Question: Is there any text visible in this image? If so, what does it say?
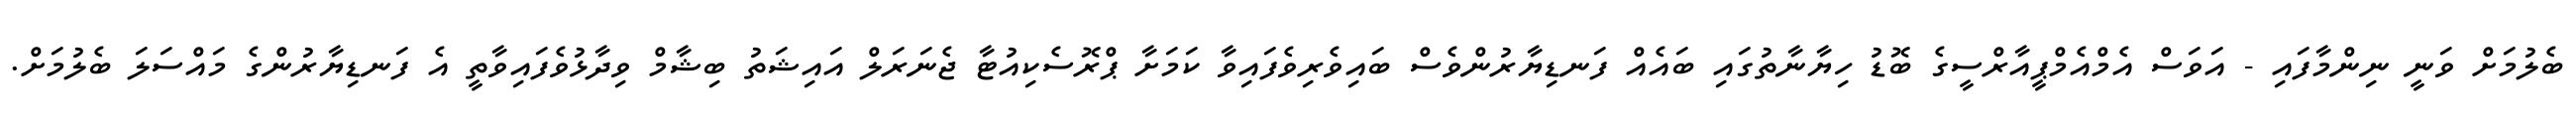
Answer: ބެލުމަށް ވަނީ ނިންމާފައި - އަވަސް އެމްއެމްޕީއާރްސީގެ ބޮޑު ހިޔާނާތުގައި ބައެއް ފަނޑިޔާރުންވެސް ބައިވެރިވެފައިވާ ކަމަށާ ޕްރޮސެކިއުޓާ ޖެނަރަލް އައިޝަތު ބިޝާމް ވިދާޅުވެފައިވާތީ އެ ފަނޑިޔާރުންގެ މައްސަލަ ބެލުމަށް.